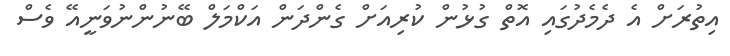
އިތުރަށް އެ ދެމެދުގައި އޮތް ގުޅުން ކުރިއަށް ގެންދަން އަކްމަލް ބޭނުންނުވަނީއޭ ވެސް